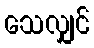
သေလျှင်